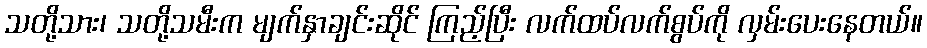
သတို့သား၊ သတို့သမီးက မျက်နှာချင်းဆိုင် ကြည့်ပြီး လက်ထပ်လက်စွပ်ကို လှမ်းပေးနေတယ်။